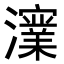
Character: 𭳪